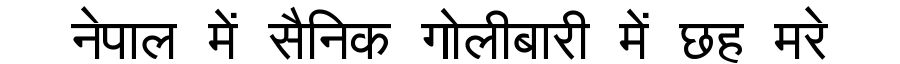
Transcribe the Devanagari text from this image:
नेपाल में सैनिक गोलीबारी में छह मरे